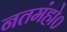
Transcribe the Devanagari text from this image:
नतमंहो०